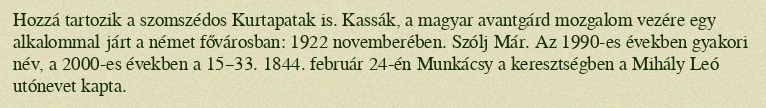
Hozzá tartozik a szomszédos Kurtapatak is. Kassák, a magyar avantgárd mozgalom vezére egy alkalommal járt a német fővárosban: 1922 novemberében. Szólj Már. Az 1990-es években gyakori név, a 2000-es években a 15–33. 1844. február 24-én Munkácsy a keresztségben a Mihály Leó utónevet kapta.